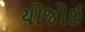
યોજોઈ